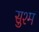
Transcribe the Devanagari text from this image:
सुश्म